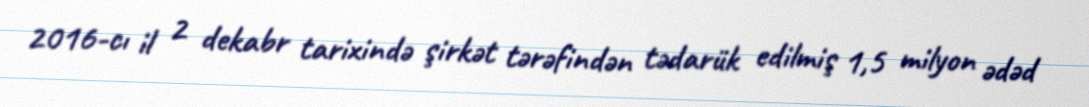
2016-cı il 2 dekabr tarixində şirkət tərəfindən tədarük edilmiş 1,5 milyon ədəd